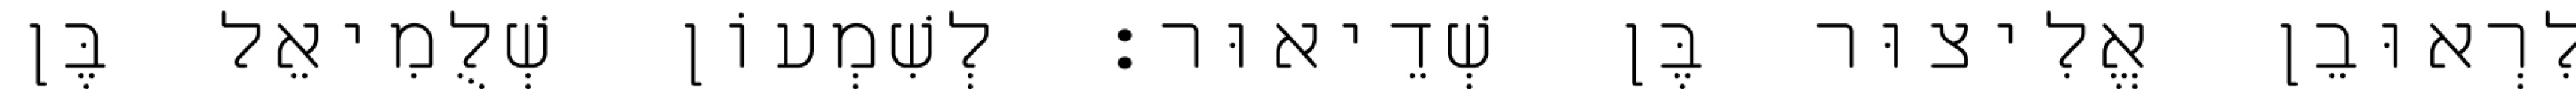
לִרְאוּבֵן אֱלִיצוּר בֶּן שְׁדֵיאוּר׃ לְשִׁמְעוֹן שְׁלֻמִיאֵל בֶּן